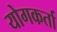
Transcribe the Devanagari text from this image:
योगकर्ता